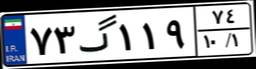
۲۳گ۵۲۶۶۰